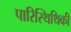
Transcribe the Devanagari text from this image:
पारिस्थिथिकी